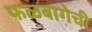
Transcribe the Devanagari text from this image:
फळबागेची